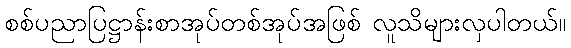
စစ်ပညာပြဋ္ဌာန်းစာအုပ်တစ်အုပ်အဖြစ် လူသိများလှပါတယ်။